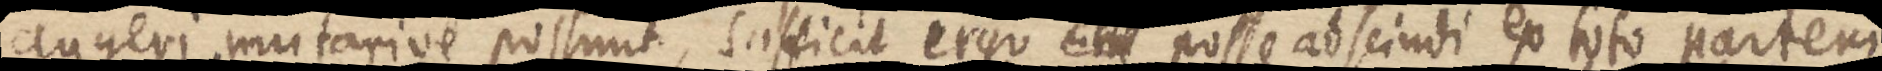
angeri mutarire possunt, sufficit ergo _ posse abscindi ex toto partem